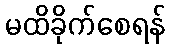
မထိခိုက်စေရန်